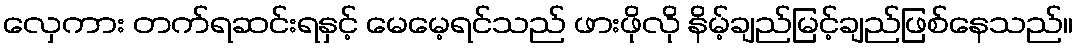
လှေကား တက်ရဆင်းရနှင့် မေမေ့ရင်သည် ဖားဖိုလို နိမ့်ချည်မြင့်ချည်ဖြစ်နေသည်။